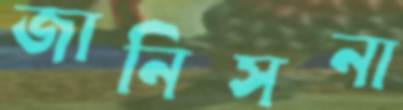
জানিসনা